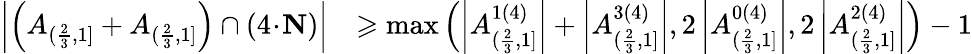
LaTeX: \begin{array}{rl}{\left|\left(A_{(\frac{2}{3},1]}+A_{(\frac{2}{3},1]}\right)\cap(4\! \cdot\! \mathbf{N})\right|}&{\geqslant\operatorname*{max}\left(\left|A_{(\frac{2}{3},1]}^{1(4)}\right|+\left|A_{(\frac{2}{3},1]}^{3(4)}\right|,2\left|A_{(\frac{2}{3},1]}^{0(4)}\right|,2\left|A_{(\frac{2}{3},1]}^{2(4)}\right|\right)-1}\end{array}